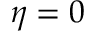
\eta = 0